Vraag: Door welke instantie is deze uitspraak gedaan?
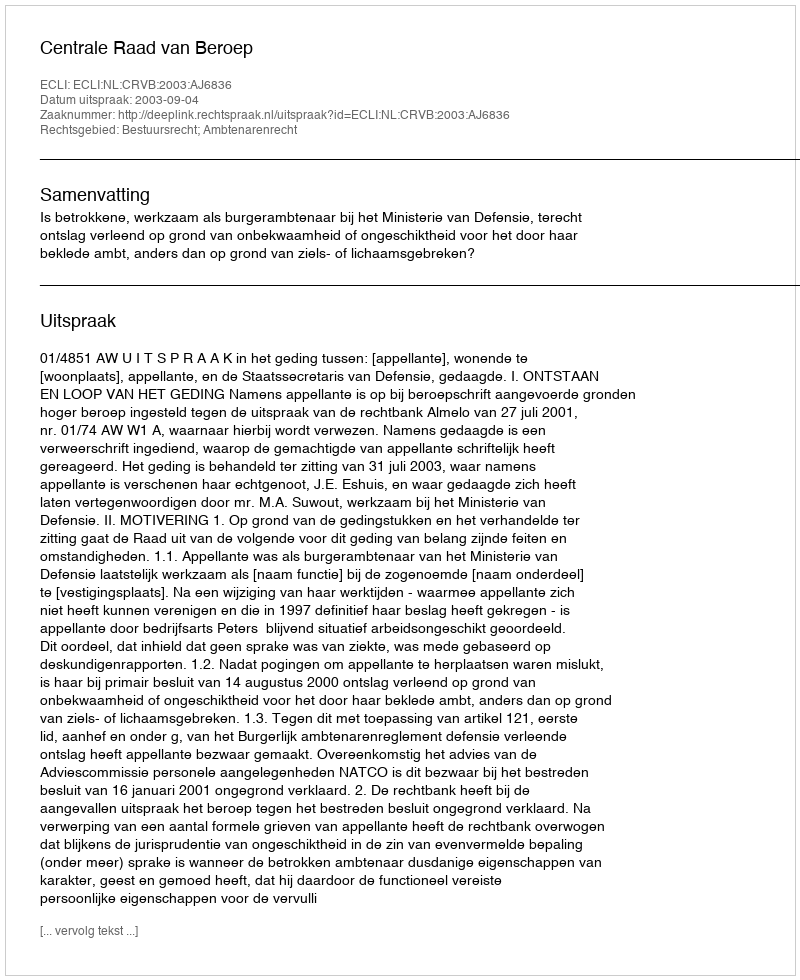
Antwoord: Centrale Raad van Beroep